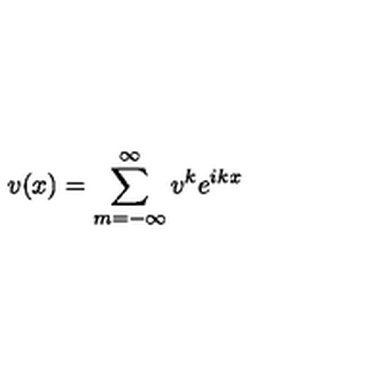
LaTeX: v ( x ) = \sum _ { m = - \infty } ^ { \infty } v ^ { k } e ^ { i k x }